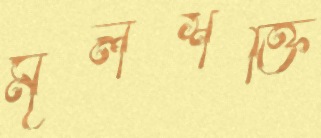
মূলশক্তি